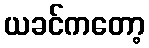
ယခင်ကတော့